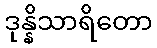
ဒုန္နိသာရိတော